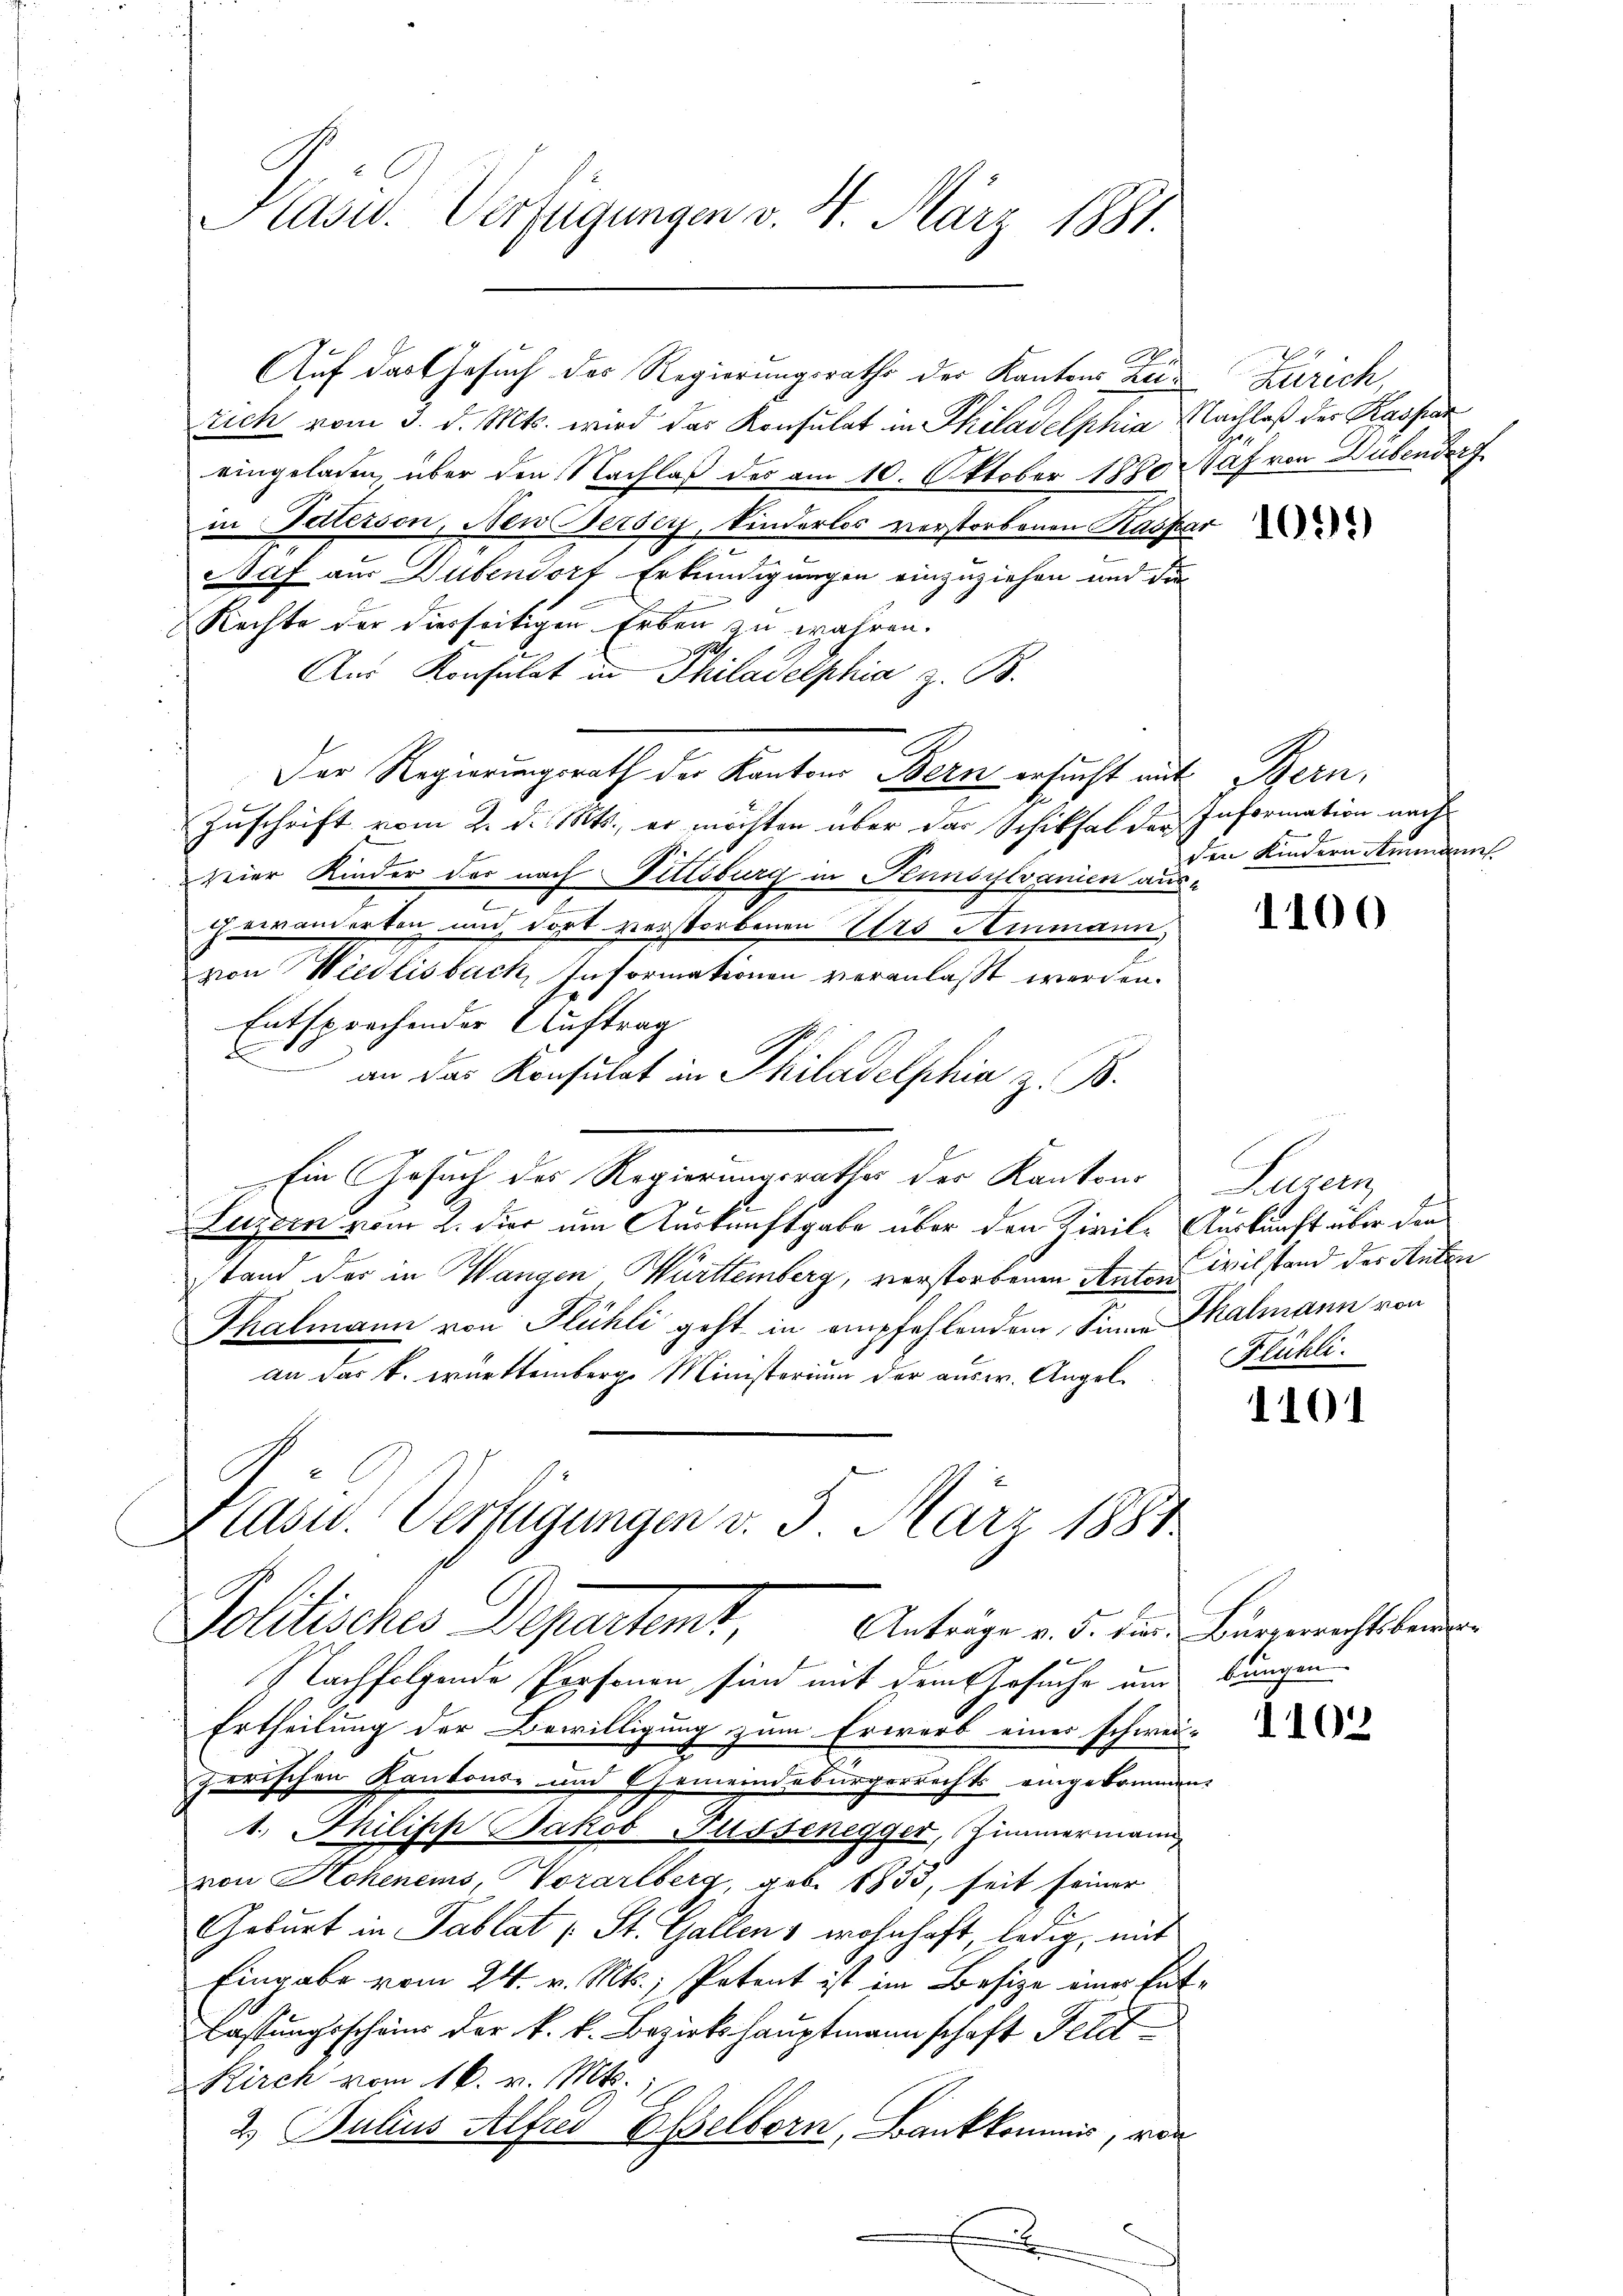
Präsid. Verfügungen v. 4. März 1881.

rich vom 3. d. Mts. wird das Konsulat in Philadelphia Nachlaß der Kaspar
eingeladen, über den Nachlaß des am 10. Oktober 1880 Waf von Hubendorf
in Patesson, Neu ersey, kinderlos verstorbenen Kaspar
daf aus Dübendorf Erkundigungen einzuziehen und die
Rechte der diesseitigen Erben zu wahren.
Aus Konsulat in Philadelphia z. B.
Der Regierungsrath der Kantons Bern ersucht mit Bern,
Zuschrift vom 2. d. Mts., er möchten über das Schiksal der Information nach
zeier Kinder der nach Vittsburg in Hunsylvanien aus¬
2
gewanderten und dort verstorbenen Urs Ammann,
von Weidlisbach, Informationen veranlaßt werden.
Entsprechender Auftrag
2 in der Konsulat in Philadelphia z. B.
Ein Gesuch des Regierungsrathes der Kantons Luzern
Luzzen vom 2. der um Auskunftgabe über den Zivile Auskunft über den
stand der in Wangen Württemberg, verstorbenen Anton ivilstand der Ruben
Thalmann von Flühli geht in empfehlendem Sinne Thalmann von
an das k. württemberge Ministerium der ausw. Angel. Flühli
Kasu. Verfügungen v. 5. März 1884

Auf das Gesuch des Regierungsraths der Kantons Zie¬

Politisches Departent
Anträge v. 5. die Bürgerrechtsbewer

Zürich,

Nachfolgende Personen sind mit dem Gesuche und dungen
Ertheilung der Bewilligung zum Erwarb einer schwei-
zerischen Kantons- und Gemeindebürgerrechts eingekommen.
1.) Philipp Jakob Fussenegger, Zimmermann
von Hohenems, Vorarlberg, geb. 1853, seit seiner
Geburt in Tablat (St. Gallens wohnhaft, ledig, mit
Eingabe vom 24. v. Mts., Petent ist im Besize einer Entlassungsschein der k. k. Bezirkshauptmannschaft Petit
Kirch vom 16. v. Mts. 1
2. Julius Alfred Eßelborn, Bankkommis, von
E

1099)

den Kindern Ammann

1100

g
u

1101

1102